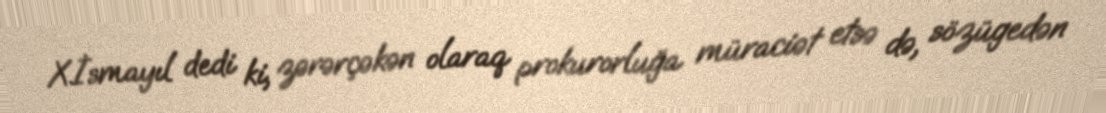
X.İsmayıl dedi ki, zərərçəkən olaraq prokurorluğa müraciət etsə də, sözügedən